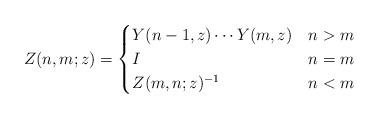
LaTeX: \begin{align*} Z(n,m;z)=\begin{cases}Y(n - 1,z) \cdots Y(m, z) & n > m \\I & n = m \\Z(m,n;z)^{-1} & n < m\end{cases}\end{align*}